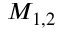
M _ { 1 , 2 }